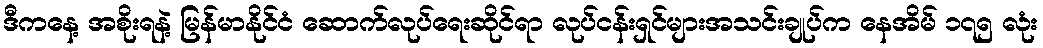
ဒီကနေ့ အစိုးရနဲ့ မြန်မာနိုင်ငံ ဆောက်လုပ်ရေးဆိုင်ရာ လုပ်ငန်းရှင်များအသင်းချုပ်က နေအိမ် ၁၇၅ လုံး